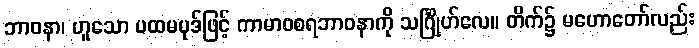
ဘာဝနာ၊ ဟူသော ပထမပုဒ်ဖြင့် ကာမာဝစရဘာဝနာကို သင်္ဂြိုဟ်လေ။ တိက်၌ မဟောတော်လည်း